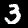
Digit: 3